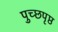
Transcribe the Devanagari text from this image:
पुच्छपृष्ठ